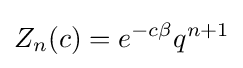
Z_{n}(c)=e^{-c\beta }q^{n+1}